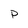
Character: P